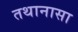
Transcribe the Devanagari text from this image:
तथानासा